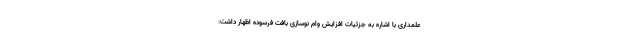
علمداری با اشاره به جزئیات افزایش وام نوسازی بافت فرسوده اظهار داشت: